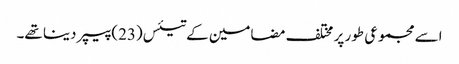
اسے مجموعی طور پر مختلف مضامین کے تیئس(23) پیپر دینا تھے۔